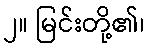
၂။ မြင်းတို့၏၊